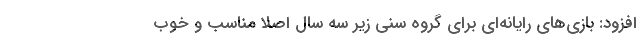
افزود: بازی‌های رایانه‌ای برای گروه سنی زیر سه سال اصلاً مناسب و خوب